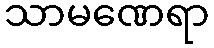
သာမဏေရာ